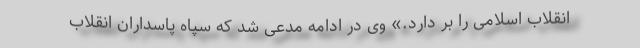
انقلاب اسلامی را بر دارد.» وی در ادامه مدعی شد که سپاه پاسداران انقلاب